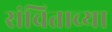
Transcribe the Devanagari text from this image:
संचिताच्या